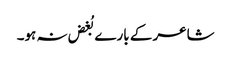
شاعر کے بارے بُغض نہ ہو۔